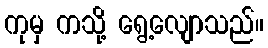
ကုမှ ကသို့ ရွေ့လျောသည်။